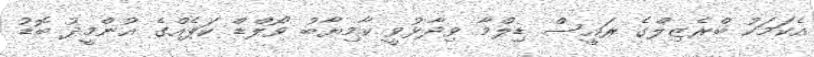
އެކަމަކު ބްރެޒިލްގެ ރައީސް ޑިލްމާ ވިދާޅުވީ ކާމިޔާބު ވޯލްޑް ކަޕެއްގެ އުންމީދު ބޮޑު